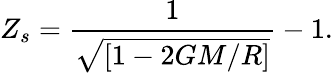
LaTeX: Z_{s}={\frac{1}{\sqrt{[1-2GM/R]}}}-1.